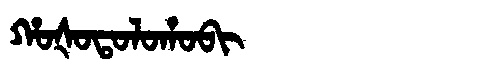
Manchu: ᡥᠣᡧᠣᡨᠣᠯᠣᡥᠣᠪᡳ
Romanization: HOŠOTOLOHOBI